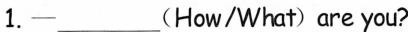
1.—___(How/What) are you?